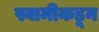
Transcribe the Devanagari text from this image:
स्वामीकडून